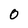
Character: 0